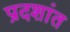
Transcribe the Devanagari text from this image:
प्रदशांत